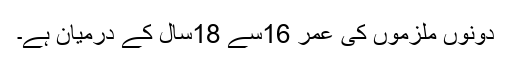
دونوں ملزموں کی عمر 16سے 18سال کے درمیان ہے۔